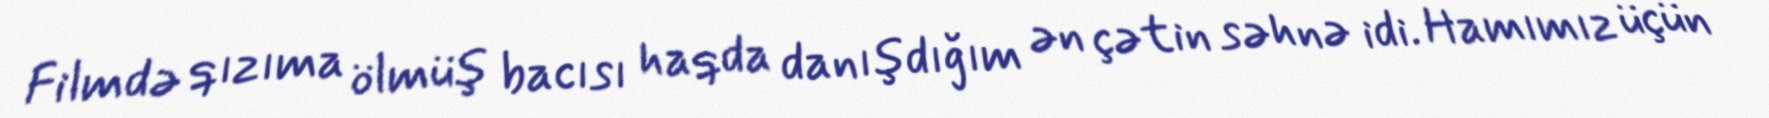
Filmdə qızıma ölmüş bacısı haqda danışdığım ən çətin səhnə idi. Hamımız üçün